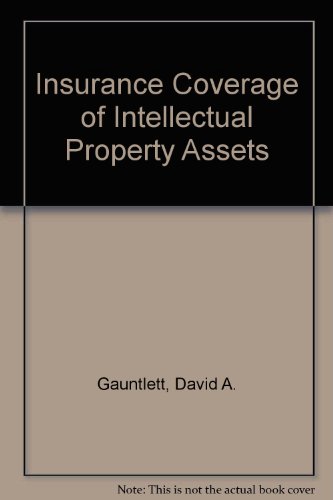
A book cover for Insurance Coverage of Intellectual Property Assets; David A. Gauntlett; Business & Money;